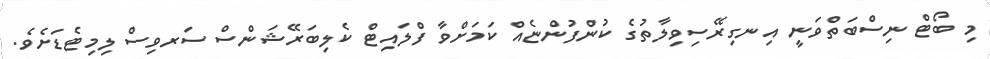
މި ބޯޓް ނިސްބަތްވަނީ އިނގިރޭސިވިލާތުގެ ކުންފުންޏެއް ކަމަށްވާ ފްލައިޓް ކެލިބަރޭޝަންސް ސަރވިސް ލިމިޓެޑަށެވެ.